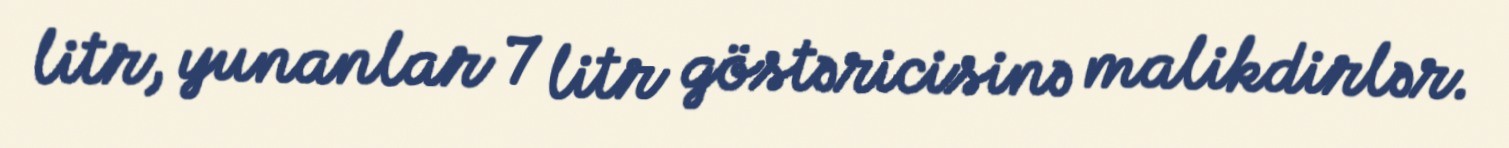
litr, yunanlar 7 litr göstəricisinə malikdirlər.